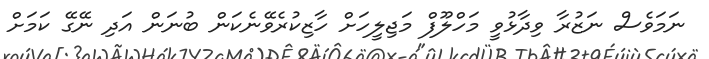
ނަމަވެސް ނަޒުރާ ވިދާޅުވީ މަހްލޫފް މަޖިލީހަށް ހާޒިކުރެވޭނެކަން ބުނަން އަދި ނޭގޭ ކަމަށް